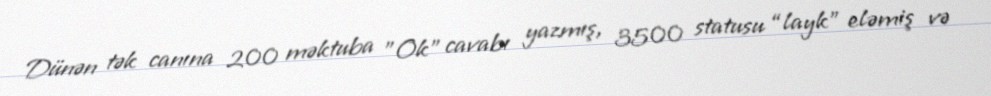
Dünən tək canına 200 məktuba ”Ok" cavabı yazmış, 3500 statusu “layk” eləmiş və